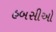
હબસીઓ